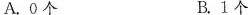
A.0个 B.1个